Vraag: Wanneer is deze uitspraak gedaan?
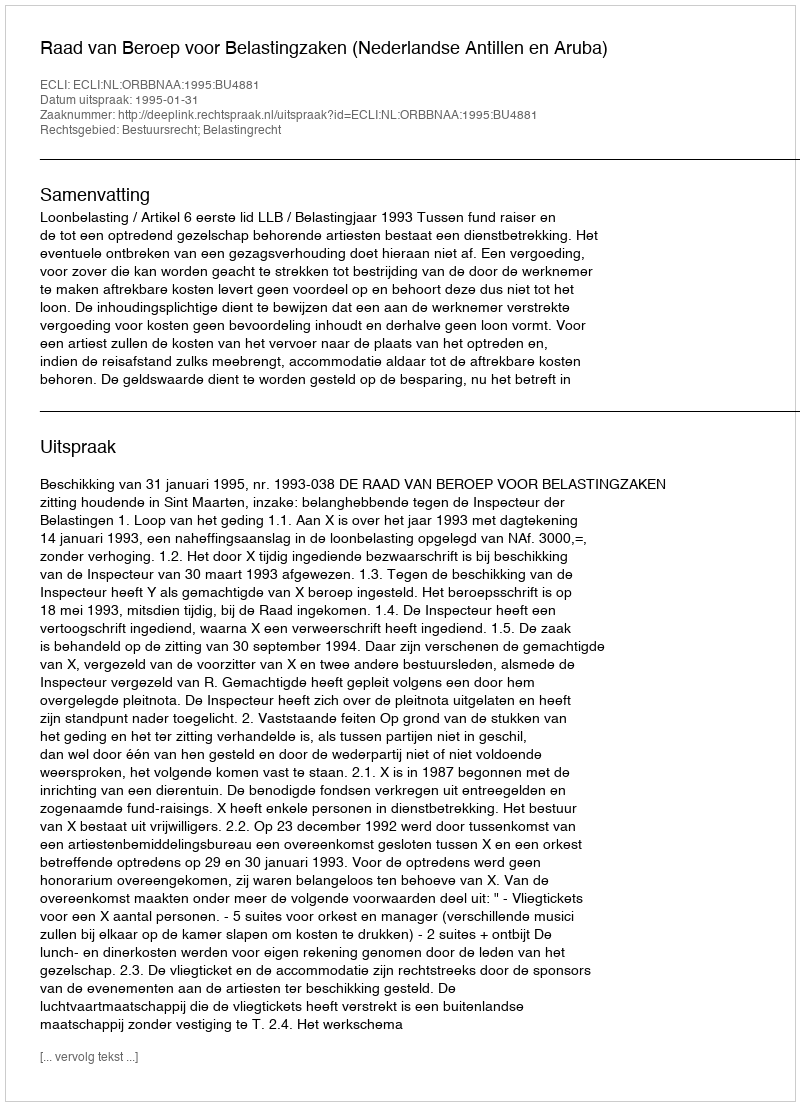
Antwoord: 1995-01-31